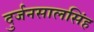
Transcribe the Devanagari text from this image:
दुर्जनसालसिंह